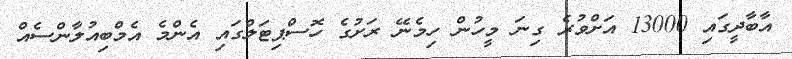
އާބާދީގައި 13000 އަށްވުރެ ގިނަ މީހުން ހިމެނޭ ރަށުގެ ހޮސްޕިޓަލްގައި އެންމެ އެމްބިއުލާންސެއް